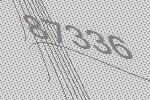
87336